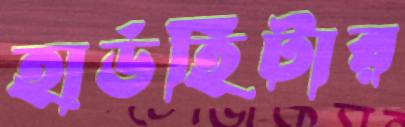
হার্ডহিটার